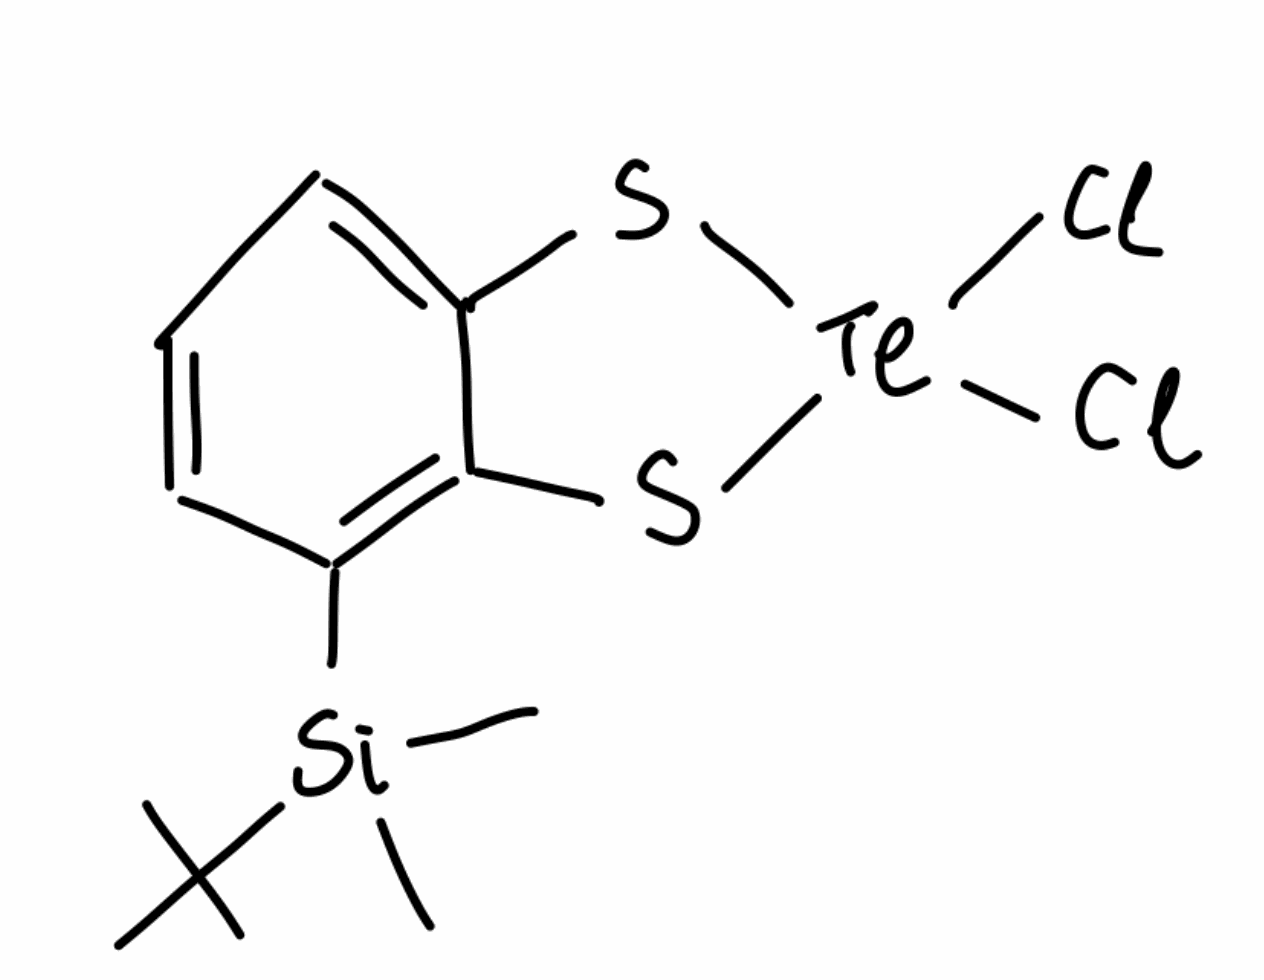
Simplified molecular-input line-entry system (SMILES) notation of the given molecule:
CC(C)(C)[Si](C)(C)C1=C2C(=CC=C1)S[Te](S2)(Cl)Cl